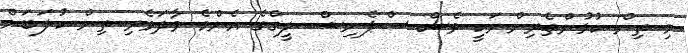
މި ތިން ކުޅުންތެރިންނަކީ ވެސް ސްޕެނިޝް ލީގްގެ އެންމެ ވާދަވެރި ތިން ކުލަބަށް